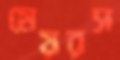
মেয়রস